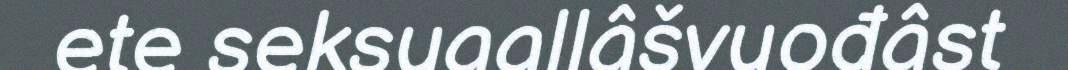
ete seksuaallâšvuođâst